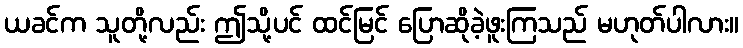
ယခင်က သူတို့လည်း ဤသို့ပင် ထင်မြင် ပြောဆိုခဲ့ဖူးကြသည် မဟုတ်ပါလား။